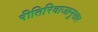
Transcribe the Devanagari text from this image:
रीतिरिवाजानुसार